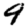
Digit: 9